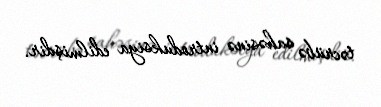
təcrübə sahəsinə introduksiya edilmişdir.